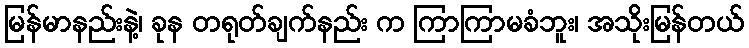
မြန်မာနည်းနဲ့၊ ခုန တရုတ်ချက်နည်း က ကြာကြာမခံဘူး၊ အသိုးမြန်တယ်